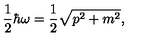
\frac { 1 } { 2 } \hbar \omega = \frac { 1 } { 2 } \sqrt { p ^ { 2 } + m ^ { 2 } } ,